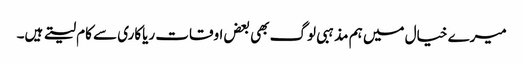
میرے خیال میں ہم مذہبی لوگ بھی بعض اوقات ریاکاری سے کام لیتے ہیں۔